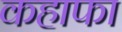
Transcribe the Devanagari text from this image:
कहाफा